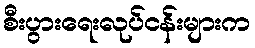
စီးပွားရေးလုပ်ငန်းများက